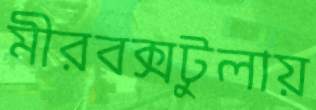
মীরবক্সটুলায়